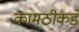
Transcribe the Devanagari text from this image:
कामठीकडे